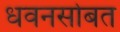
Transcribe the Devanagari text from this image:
धवनसोबत